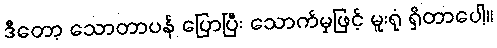
ဒီတော့ သောတာပန် ပြောပြီး သောက်မှဖြင့် မူးရုံ ရှိတာပေါ့။